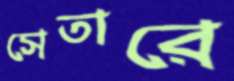
সেতারে